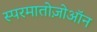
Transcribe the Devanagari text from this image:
स्परमातोज़ोऑन